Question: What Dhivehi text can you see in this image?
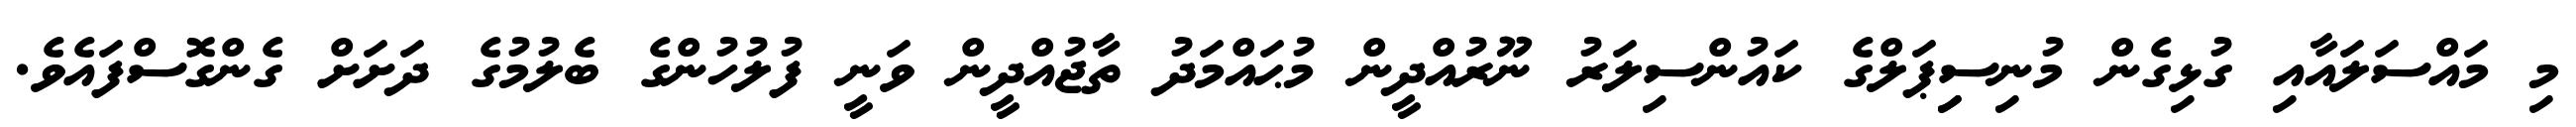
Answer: މި މައްސަލައާއި ގުޅިގެން މުނިސިިޕަލްގެ ކައުންސިލަރު ނޫރުއްދީން މުޙައްމަދު ތާޖުއްދީން ވަނީ ފުލުހުންގެ ބެލުމުގެ ދަށަށް ގެންގޮސްފައެވެ.